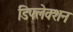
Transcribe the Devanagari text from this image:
डिफ्लेक्शन